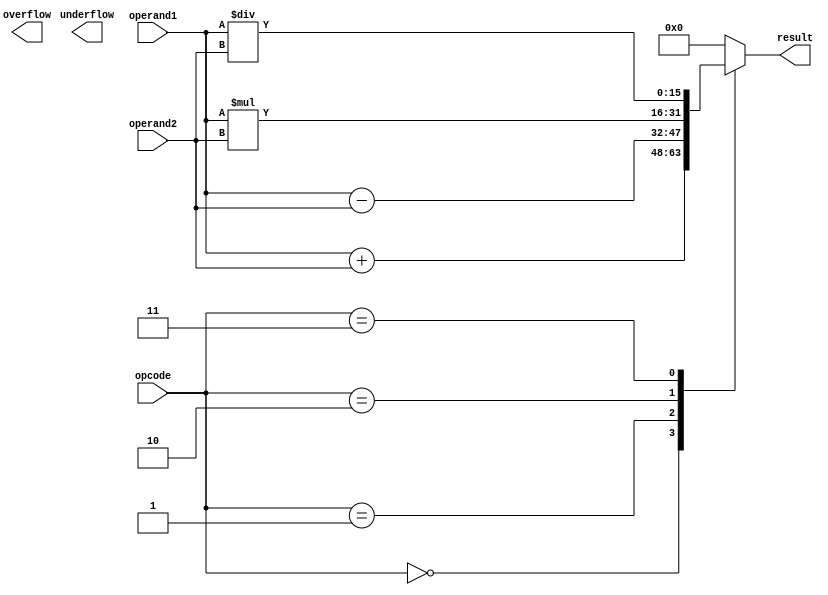
module half_precision_fpu (
    input [15:0] operand1, operand2, // Half precision floating point numbers
    input [2:0] opcode, // Control signal for selecting operation
    output reg [15:0] result, // Result of the operation
    output reg overflow, underflow, // Flags indicating overflow or underflow
    // Other components for rounding, normalization, special cases handling
);

// Adders, subtractors, multipliers, dividers and other arithmetic blocks

always @(*) begin
    case(opcode)
        3'b000: result = operand1 + operand2; // Addition
        3'b001: result = operand1 - operand2; // Subtraction
        3'b010: result = operand1 * operand2; // Multiplication
        3'b011: result = operand1 / operand2; // Division
        // Add other cases for different operations
        default: result = 16'b0; // Default result
    endcase
end

// Other logic for rounding, normalization, special cases handling

endmodule